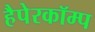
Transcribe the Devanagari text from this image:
हैपेरकॉम्प